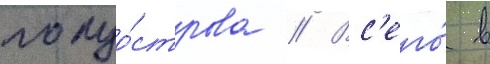
полуо́строва // Вс'его́ в